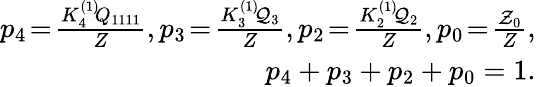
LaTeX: \begin{array}{r}{p_{4}\! =\! \frac{K_{4}^{(1)}\! Q_{1111}}{Z},p_{3}\! =\! \frac{K_{3}^{(1)}\! {\cal Q}_{3}}{Z},p_{2}\! =\! \frac{K_{2}^{(1)}\! {\cal Q}_{2}}{Z},p_{0}\! =\! \frac{{\cal Z}_{0}}{Z},}\\ {p_{4}+p_{3}+p_{2}+p_{0}=1.}\end{array}